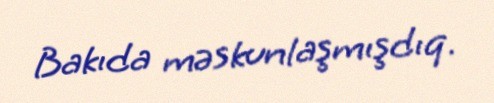
Bakıda məskunlaşmışdıq.